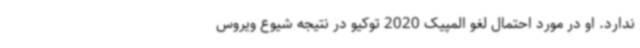
ندارد. او در مورد احتمال لغو المپیک 2020 توکیو در نتیجه شیوع ویروس